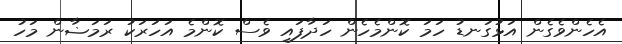
އެހެންވެގެން އަޅުގަނޑު ހަމަ ކޮންމެހެން ހަދާފައި ވެސް ކޮންމެ އަހަރަކު ރަމަޟާން މަހު